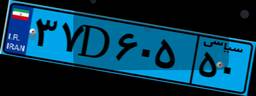
۱۶D۲۰۸۶۱